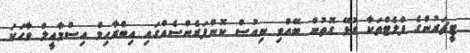
ޓީޗަރުންގެ ފްލެޓްތަކާ ގުޅޭ ގޮތުން ބޭއްވި ނިއުސް ކޮންފަރެންސެއްގައި އިބްރާހިމް އިސްމާއީލް ވާހަކަ